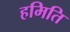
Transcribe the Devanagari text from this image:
हमिति